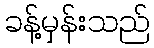
ခန့်မှန်းသည်